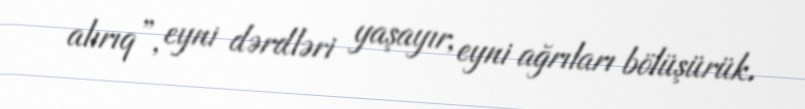
alırıq”, eyni dərdləri yaşayır, eyni ağrıları bölüşürük.